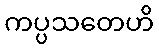
ကပ္ပသတေဟိ